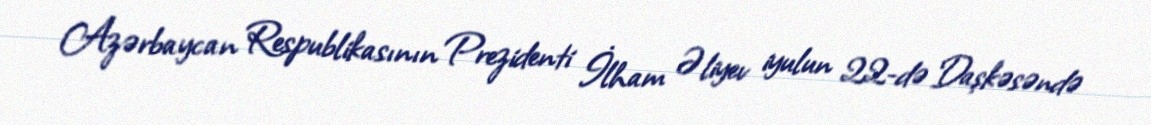
Azərbaycan Respublikasının Prezidenti İlham Əliyev iyulun 22-də Daşkəsəndə